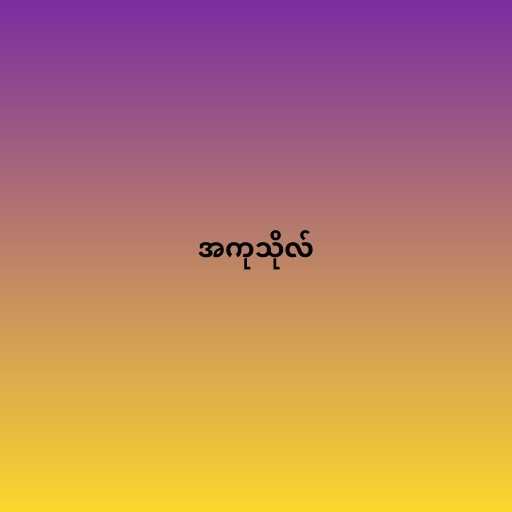
အကုသိုလ်